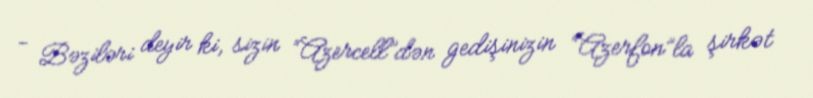
- Bəziləri deyir ki, sizin “Azercell”dən gedişinizin “Azerfon”la şirkət